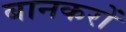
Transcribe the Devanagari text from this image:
बानकरों